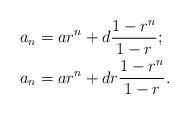
LaTeX: \begin{align*}&a_n=ar^n+d\frac{1-r^n}{1-r};\\&a_n=ar^n+dr\frac{1-r^n}{1-r}.\end{align*}